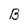
Character: B